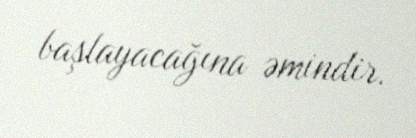
başlayacağına əmindir.